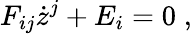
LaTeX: F_{ij}\dot{z}^{j}+E_{i}=0\; ,